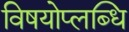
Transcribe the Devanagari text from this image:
विषयोप्लब्धि